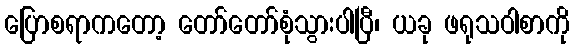
ပြောစရာကတော့ တော်တော်စုံသွားပါပြီ၊ ယခု ဖရုသဝါစာကို